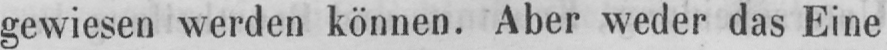
gewiesen werden können. Aber weder das Eine